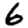
Digit: 6